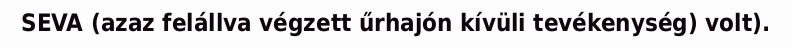
SEVA (azaz felállva végzett űrhajón kívüli tevékenység) volt).